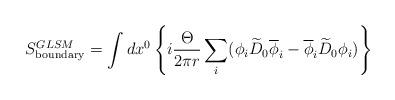
LaTeX: \begin{align*}S^{GLSM}_{\rm boundary}= \int dx^0\left\{ i{\Theta\over{2\pi r}}\sum_i (\phi_i \widetilde{D}_0\overline{\phi}_i - \overline{\phi}_i\widetilde{D}_0 \phi_i)\right\}\end{align*}